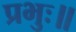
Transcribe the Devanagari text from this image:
प्रभुः॥